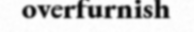
overfurnish